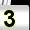
Digit: 3